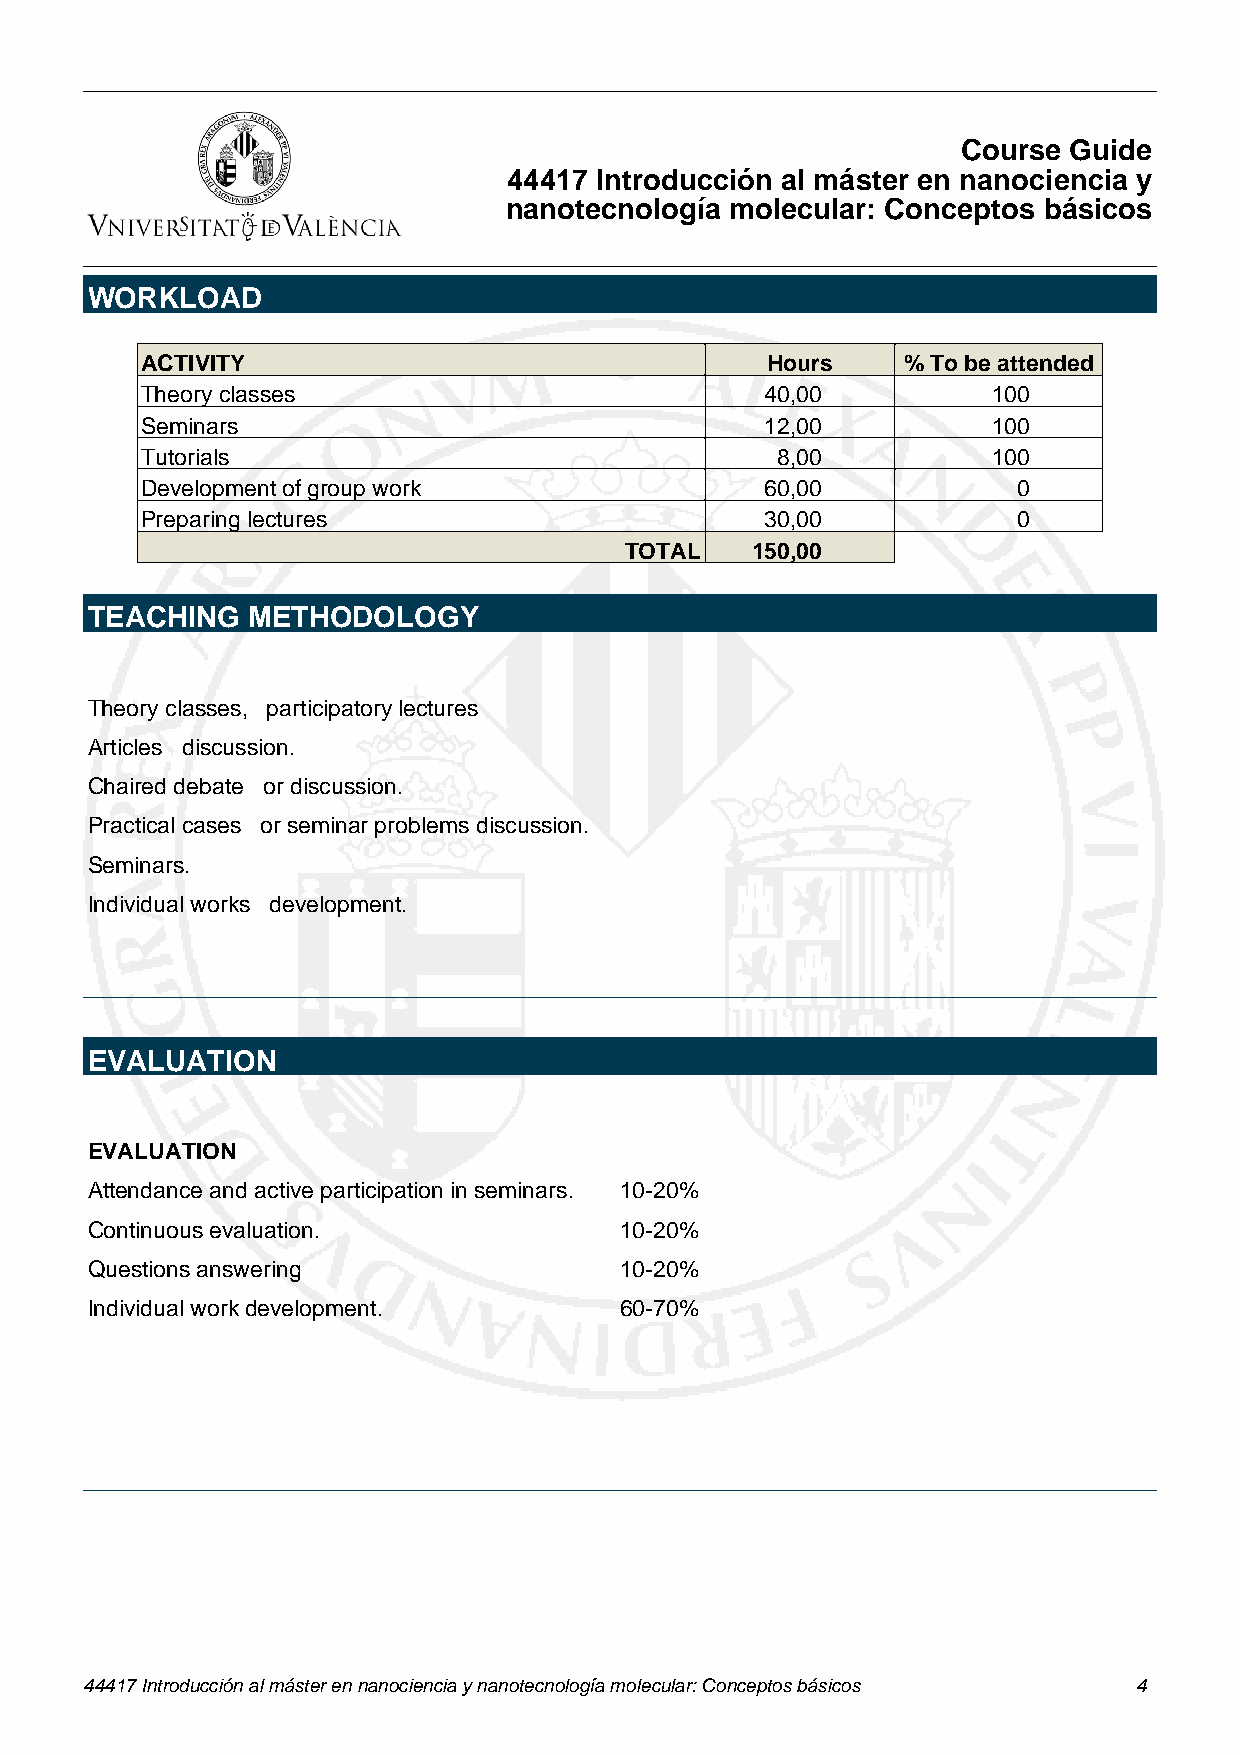
Course Guide
 44417 Introducción al máster en nanociencia y
 nanotecnología molecular: Conceptos básicos
 WORKLOAD
 ACTIVITY                                  Hours    % To be attended
 Theory classes                            40,00          100
 Seminars                                  12,00          100
 Tutorials                                 8,00           100
 Development of group work                 60,00           0
 Preparing lectures                        30,00           0
 TOTAL    150,00
 TEACHING  METHODOLOGY
 Theory classes, participatory lectures
 Articles discussion.
 Chaired debate or discussion.
 Practical cases or seminar problems discussion.
 Seminars.
 Individual works development.
 EVALUATION
 EVALUATION
 Attendance and active participation in seminars. 10-20%
 Continuous evaluation.             10-20%
 Questions answering                10-20%
 Individual work development.       60-70%
 44417 Introducción al máster en nanociencia y nanotecnología molecular: Conceptos básicos 4